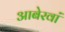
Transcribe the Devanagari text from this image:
आबेरवां